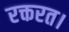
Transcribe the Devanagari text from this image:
रक्तरत।